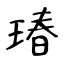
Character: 瑃